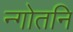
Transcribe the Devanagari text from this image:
न्गोतनि